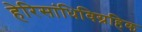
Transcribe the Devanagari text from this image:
हेरिसांधिविग्रहिक